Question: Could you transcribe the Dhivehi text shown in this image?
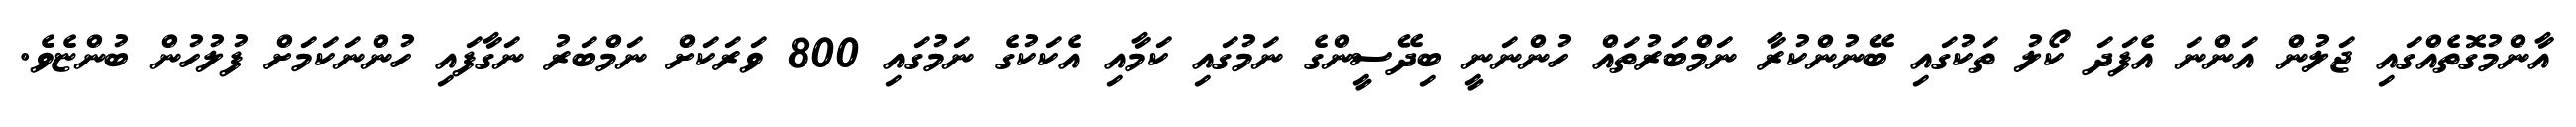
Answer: އާންމުގޮތެއްގައި ޖަލުން އަންނަ އެފަދަ ކޯލު ތަކުގައި ބޭނުންކުރާ ނަމްބަރުތައް ހުންނަނީ ބިދޭސީންގެ ނަމުގައި ކަމާއި އެކަކުގެ ނަމުގައި 800 ވަރަކަށް ނަމްބަރު ނަގާފައި ހުންނަކަމަށް ފުލުހުން ބުންޏެވެ.